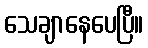
သေချာနေပေပြီ။